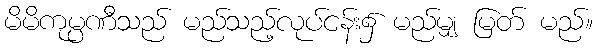
မိမိကုမ္ပဏီသည် မည်သည့်လုပ်ငန်း၌ မည်မျှ မြတ် မည်။